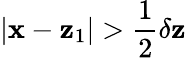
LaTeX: |\mathbf{x}-\mathbf{z}_{1}|>\frac 12\delta\mathbf{z}